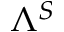
\Lambda ^ { S }